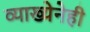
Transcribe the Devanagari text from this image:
व्याख्येनेही